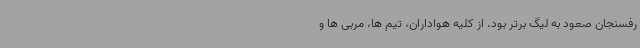
رفسنجان صعود به لیگ برتر بود. از کلیه هواداران، تیم ها، مربی ها و